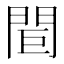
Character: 𨳽